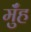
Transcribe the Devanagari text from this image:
मुँंह